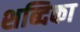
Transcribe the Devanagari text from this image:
शब्दिका